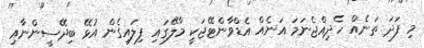
މި ފަދަ ތަނެއް ހެދިއްޖެނަމަ އަނެއް އެޑްވާންޓޭޖަކީ މާލޭގައި ފިލަައިގެން އުޅޭ ބިދޭސީންނާއި